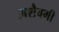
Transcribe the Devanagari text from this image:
अशैबगी